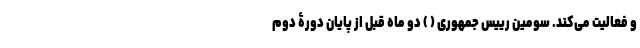
و فعالیت می‌کند. سومین رییس جمهوری ( ) دو ماه قبل از پایان دورۀ دوم